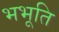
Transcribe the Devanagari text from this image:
भभूति